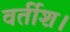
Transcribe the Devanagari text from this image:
वर्तीश।